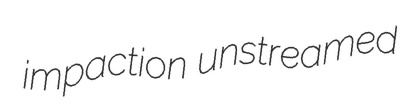
impaction unstreamed